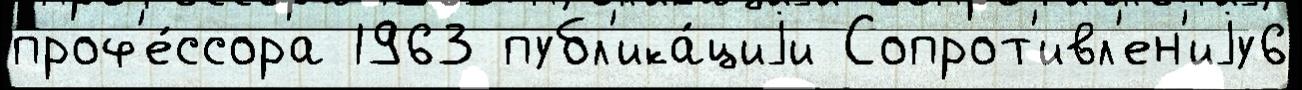
проф'е́ссора 1963 публ'ика́циjи Сопрот'ивл'ен'иjу6